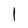
Character: l